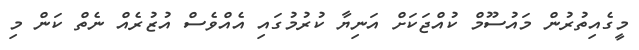
މީގެއިތުރުން މައުސޫމް ކުއްޖަކަށް އަނިޔާ ކުރުމުގައި އެއްވެސް އުޒުރެއް ނެތް ކަން މި